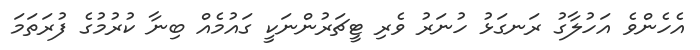
އެހެންވެ އަހުލާގު ރަނގަޅު ހުނަރު ވެރި ޓީޗަރުންނަކީ ގައުމެއް ބިނާ ކުރުމުގެ ފުރަތަމަ